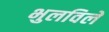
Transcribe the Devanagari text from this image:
भुलविले